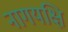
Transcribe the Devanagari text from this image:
नागयक्षि